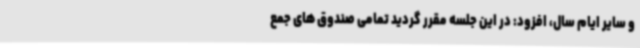
و سایر ایام سال، افزود: در این جلسه مقرر گردید تمامی صندوق های جمع